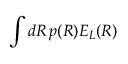
\int d R \, p ( R ) E _ { L } ( R )